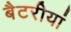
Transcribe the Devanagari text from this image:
बैटरीयां